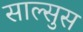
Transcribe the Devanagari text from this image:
साल्सुस